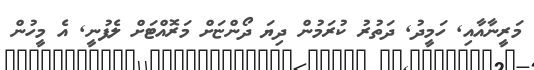
މަރީނާއާއި